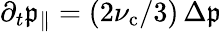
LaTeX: \partial_{t}\mathfrak{p}_{\| }=(2\nu_{\mathrm{{c}}}/3)\, \Delta\mathfrak{p}